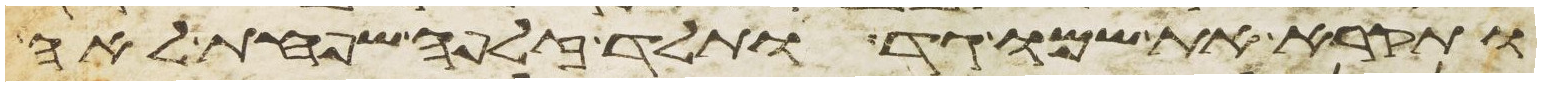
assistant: ותקרא את שמו גד ותלד זלפה שפחת לאה